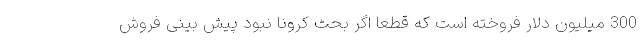
300 میلیون دلار فروخته است که قطعا اگر بحث کرونا نبود پیش بینی فروش